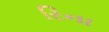
રિના